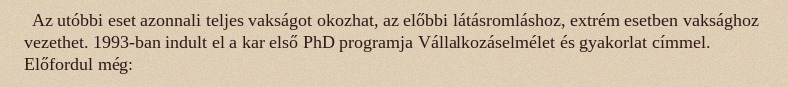
Az utóbbi eset azonnali teljes vakságot okozhat, az előbbi látásromláshoz, extrém esetben vaksághoz vezethet. 1993-ban indult el a kar első PhD programja Vállalkozáselmélet és gyakorlat címmel. Előfordul még: